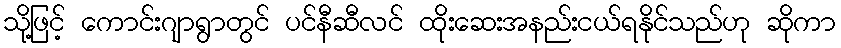
သို့ဖြင့် ကောင်းဂျာရွာတွင် ပင်နီဆီလင် ထိုးဆေးအနည်းငယ်ရနိုင်သည်ဟု ဆိုကာ